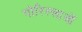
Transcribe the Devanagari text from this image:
गोरिल्लाओं